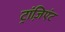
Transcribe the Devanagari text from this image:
ट्रांज़िएंट